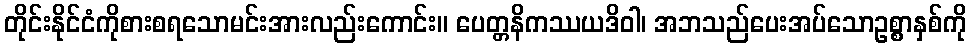
တိုင်းနိုင်ငံကိုစားစရသောမင်းအားလည်းကောင်း။ ပေတ္တနိကဿယဒိဝါ၊ အဘသည်ပေးအပ်သောဥစ္စာနှစ်ကို